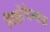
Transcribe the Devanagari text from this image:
डिक्लोफेनाक